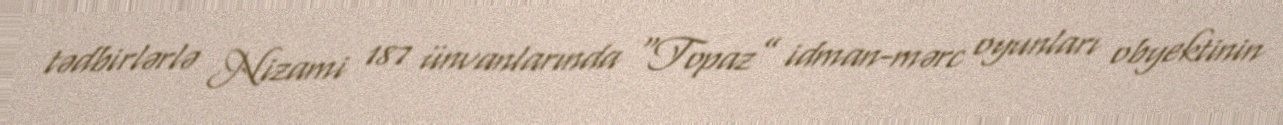
tədbirlərlə Nizami 187 ünvanlarında “Topaz” idman-mərc oyunları obyektinin